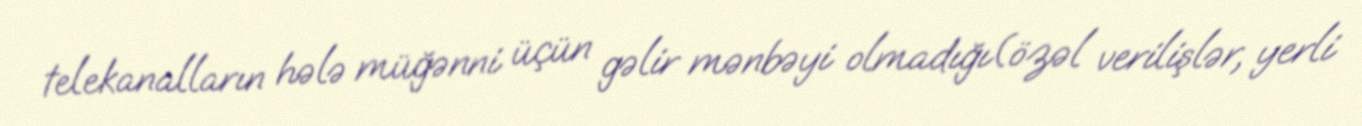
telekanalların hələ müğənni üçün gəlir mənbəyi olmadığı(özəl verilişlər, yerli